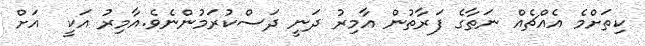
ކިތަށްމެ އެއްޗެއް ނަތާގެ ފަރާތުން އާމިރު ދަނީ ދަސްކުރަމުންނެވެ.އާމިރު އަކީ  އަށް